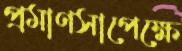
প্রমাণসাপেক্ষে